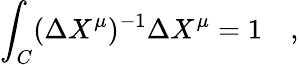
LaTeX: \int_{C}(\Delta X^{\mu})^{-1}\Delta X^{\mu}=1\quad,